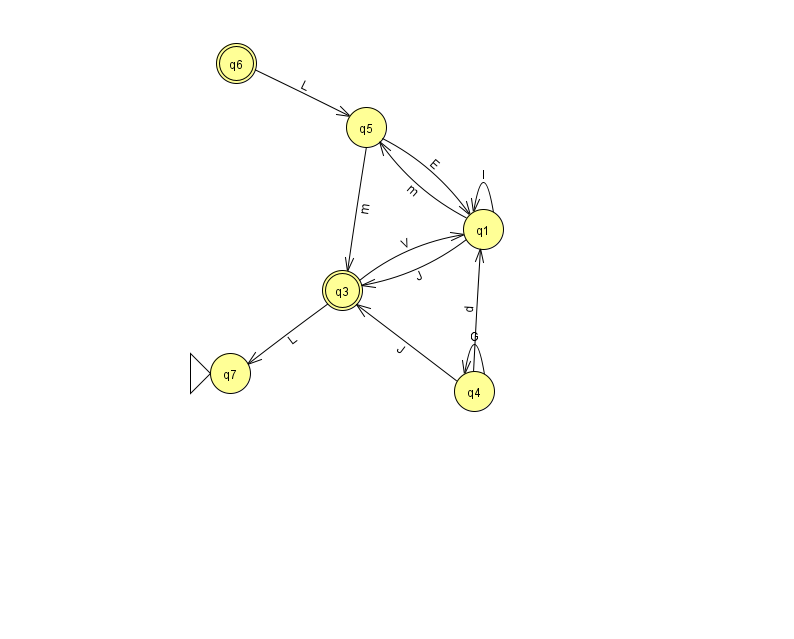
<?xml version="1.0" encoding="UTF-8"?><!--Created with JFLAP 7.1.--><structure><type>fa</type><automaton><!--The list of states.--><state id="1" name="q1"><x>483.0</x><y>216.0</y></state><state id="3" name="q3"><x>342.0</x><y>277.0</y><final/></state><state id="4" name="q4"><x>474.0</x><y>378.0</y></state><state id="5" name="q5"><x>366.0</x><y>114.0</y></state><state id="6" name="q6"><x>236.0</x><y>50.0</y><final/></state><state id="7" name="q7"><x>230.0</x><y>360.0</y><initial/></state><!--The list of transitions.--><transition><from>3</from><to>1</to><read>V</read></transition><transition><from>4</from><to>1</to><read>d</read></transition><transition><from>5</from><to>1</to><read>E</read></transition><transition><from>3</from><to>7</to><read>L</read></transition><transition><from>6</from><to>5</to><read>L</read></transition><transition><from>4</from><to>4</to><read>G</read></transition><transition><from>4</from><to>3</to><read>J</read></transition><transition><from>1</from><to>5</to><read>m</read></transition><transition><from>1</from><to>1</to><read>l</read></transition><transition><from>1</from><to>3</to><read>J</read></transition><transition><from>5</from><to>3</to><read>m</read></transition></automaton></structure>